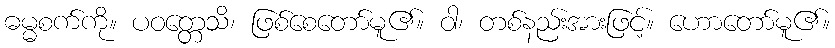
ဓမ္မစက်ကို။ ပဝတ္တေသိ၊ ဖြစ်စေတော်မူ၏။ ဝါ၊ တစ်နည်းအားဖြင့်။ ဟောတော်မူ၏။